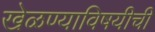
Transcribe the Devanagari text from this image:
खेळण्याविषयीची